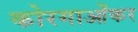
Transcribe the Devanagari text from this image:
कोरगाओंकर